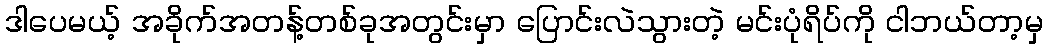
ဒါပေမယ့် အခိုက်အတန့်တစ်ခုအတွင်းမှာ ပြောင်းလဲသွားတဲ့ မင်းပုံရိပ်ကို ငါဘယ်တာ့မှ